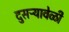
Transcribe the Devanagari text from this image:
दुसऱ्यावेळी